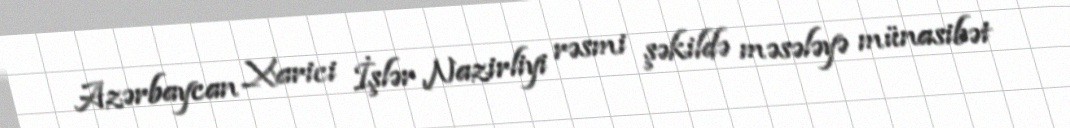
Azərbaycan Xarici İşlər Nazirliyi rəsmi şəkildə məsələyə münasibət